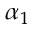
\alpha _ { 1 }